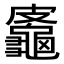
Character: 𪚷